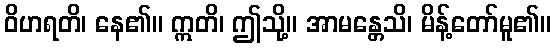
ဝိဟရတိ၊ နေ၏။ ဣတိ၊ ဤသို့။ အာမန္တေသိ၊ မိန့်တော်မူ၏။